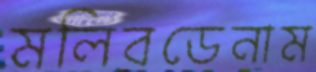
মলিবডেনাম